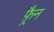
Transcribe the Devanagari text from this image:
फ़्रैन